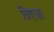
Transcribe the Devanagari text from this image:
विएजा